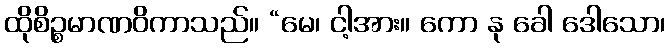
ထိုစိဉ္စမာဏဝိကာသည်။ “မေ၊ ငါ့အား။ ကော နု ခေါ ဒေါသော၊